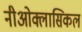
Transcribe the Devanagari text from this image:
नीओक्लासिकल